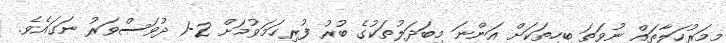
މިމަރުހަލާތައް ނުވަތަ ބިހިތަކަށް އަންނަ މިބަދަލުތަކުގެ ބުރު ފުރިހަމަވުމަށް 2-1 ދުވަސްވަރު ނަގައެވެ.